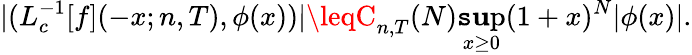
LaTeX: |(L_{c}^{-1}[f](-x;n,T),\phi(x))|\leqC_{n,T}(N)\operatorname*{\mathtt{s}\mathbf{u}p}_{x\geq0}(1+x)^{N}|\phi(x)|.